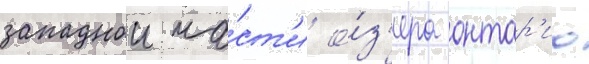
западнои ча́ст'и о́з'ера онтар'ио